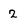
Character: 2